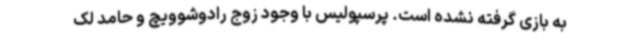
به بازی گرفته نشده است. پرسپولیس با وجود زوج رادوشوویچ و حامد لک